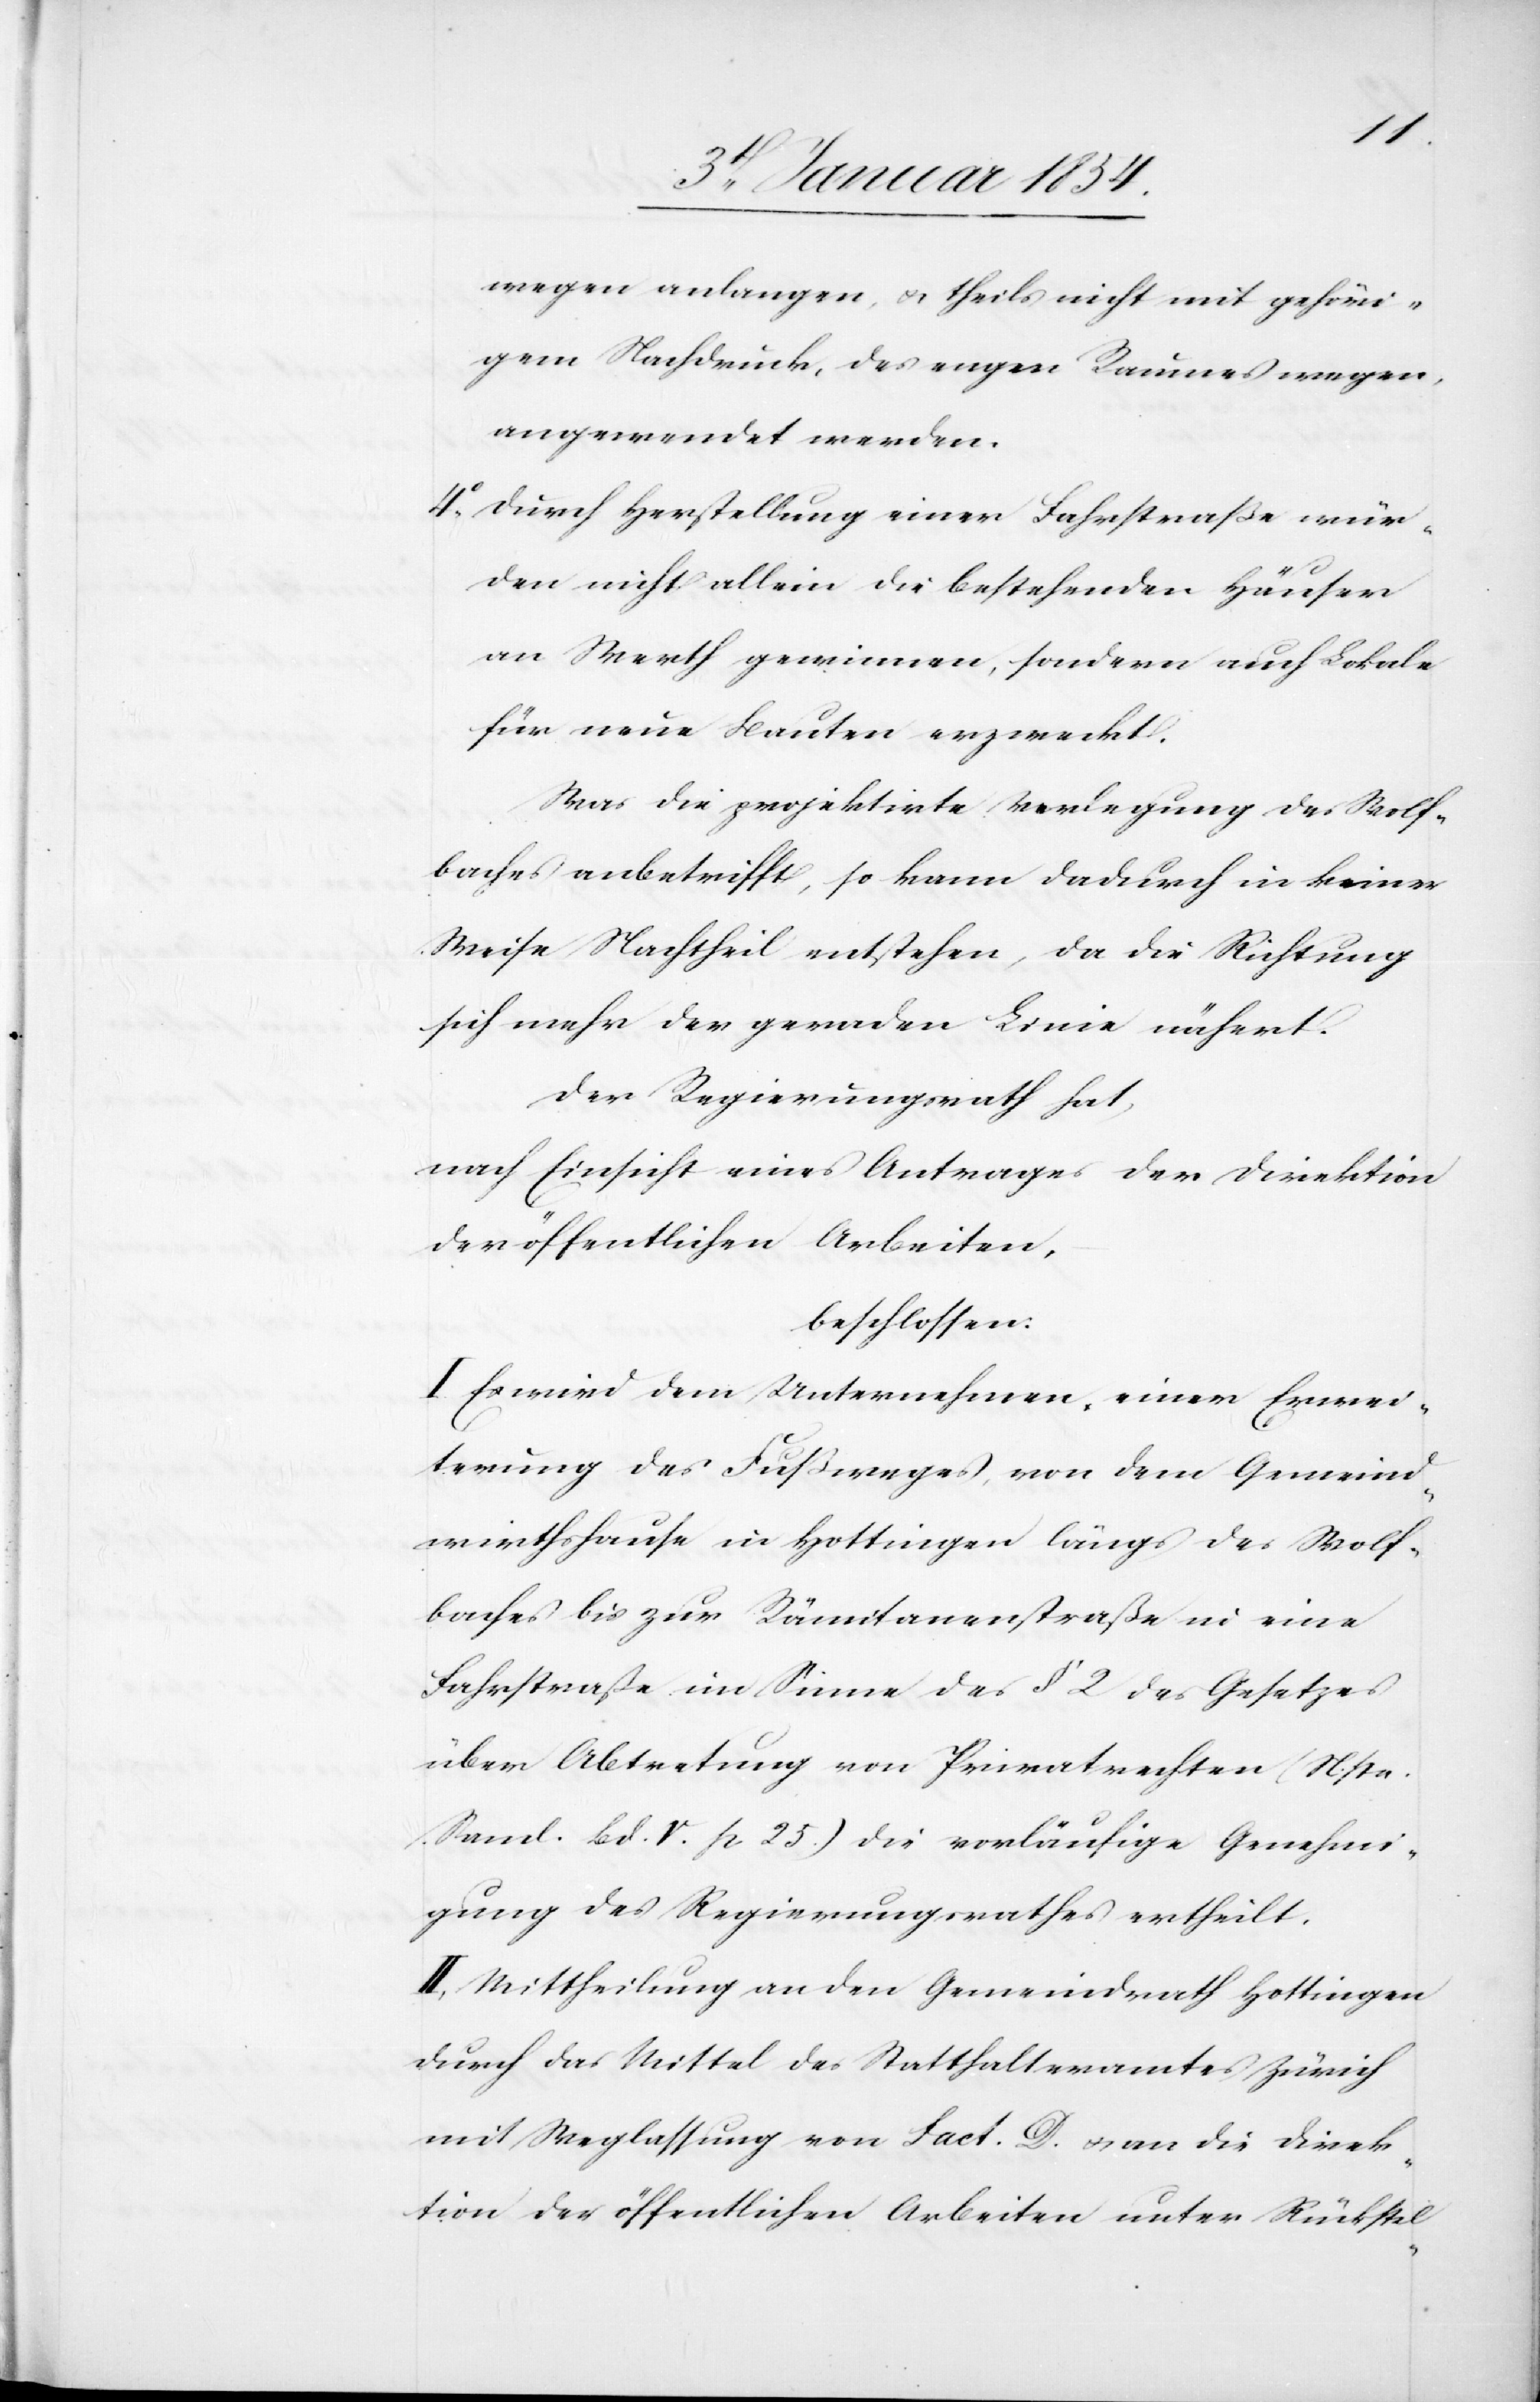
wegen anlangen, u. theils nicht mit gehöri¬
gem Nachdruck, des engen Raumes wegen,
angewendet werden.
4o. Durch Herstellung einer Fahrstraße wür¬
den nicht allein die bestehenden Häuser
an Werth gewinnen, sondern auch Lokale
für neue Bauten erzweckt.
Was die projektirte Verlegung des Wolf¬
baches anbetrifft, so kann dadurch in keiner
Weise Nachtheil entstehen, da die Richtung
sich mehr der geraden Linie nähert.
Der Regierungsrath hat,
nach Einsicht eines Antrages der Direktion
der öffentlichen Arbeiten,
beschlossen:
I. Es wird dem Unternehmen, einer Erwei¬
terung des Fußweges, von dem Gemeind¬
wirthshause in Hottingen längs des Wolf¬
baches bis zur Rämitanenstraße in eine
Fahrstraße im Sinne des § 2 des Gesetzes
über Abtretung von Privatrechten (N. sta.
Saml. Bd. V. p. 25) die vorläufige Genehmi¬
gung des Regierungsrathes ertheilt.I¬
I. Mittheilung an den Gemeindrath Hottingen
durch das Mittel des Statthalteramtes Zürich
mit Weglassung von Fact. D. u. an die Direk¬
tion der öffentlichen Arbeiten unter Rückstel-